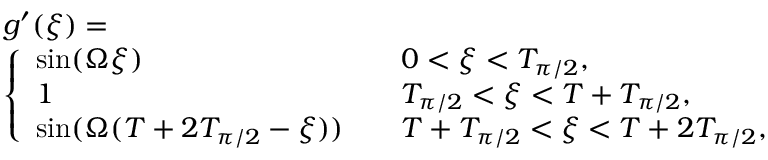
\begin{array} { r l } & { g ^ { \prime } ( \xi ) = } \\ & { \left\{ \begin{array} { l l } { \mathrm { s i n } ( \Omega \xi ) } & { \quad 0 < \xi < T _ { \pi / 2 } , } \\ { 1 } & { \quad T _ { \pi / 2 } < \xi < T + T _ { \pi / 2 } , } \\ { \mathrm { s i n } ( \Omega ( T + 2 T _ { \pi / 2 } - \xi ) ) } & { \quad T + T _ { \pi / 2 } < \xi < T + 2 T _ { \pi / 2 } , } \end{array} \right. } \end{array}